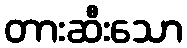
တားဆီးသော